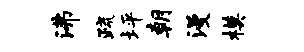
沸疏坪朝漫模